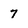
Character: 7